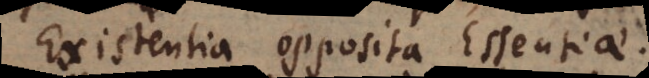
Existentia opposita Essentiae.